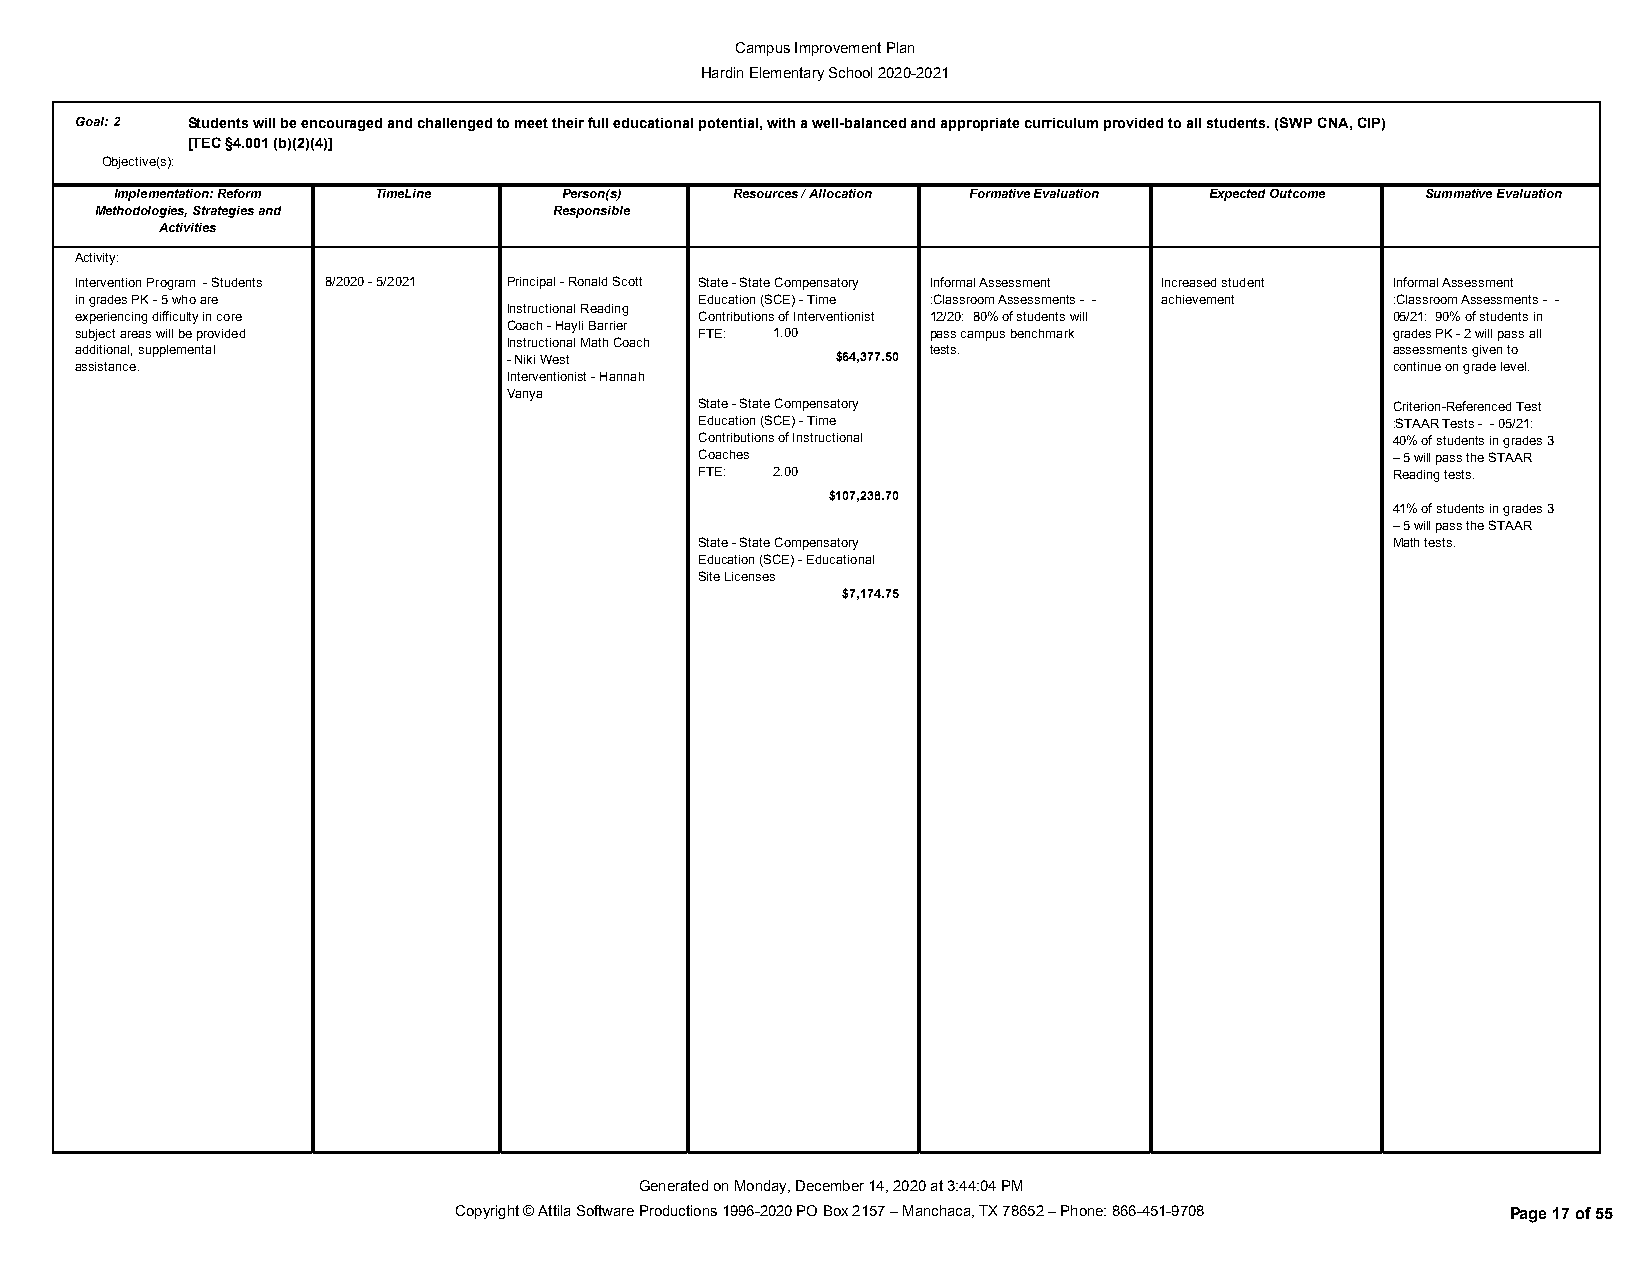
Campus Improvement Plan
 Hardin Elementary School 2020-2021
 Goal:2 Students will be encouraged and challenged to meet their full educational potential, with a well-balanced and appropriate curriculum provided to all students. (SWP CNA, CIP)
 [TEC §4.001 (b)(2)(4)]
 Objective(s):
 Implementation: Reform TimeLine Person(s) Resources / Allocation Formative Evaluation Expected Outcome Summative Evaluation
 Methodologies, Strategies and  Responsible
 Activities
 Activity:
 Intervention Program - Students 8/2020 - 5/2021 Principal - Ronald Scott State - State Compensatory Informal Assessment Increased student Informal Assessment
 in grades PK - 5 who are                 Education (SCE) - Time :Classroom Assessments - - achievement :Classroom Assessments - -
 Instructional Reading
 experiencing difficulty in core          Contributions of Interventionist 12/20: 80% of students will 05/21: 90% of students in
 Coach - Hayli Barrier
 subject areas will be provided           FTE: 1.00       pass campus benchmark         grades PK - 2 will pass all
 Instructional Math Coach
 additional, supplemental                                 tests.                        assessments given to
 - Niki West          $64,377.50
 assistance.                                                                            continue on grade level.
 Interventionist - Hannah
 Vanya
 State - State Compensatory                    Criterion-Referenced Test
 Education (SCE) - Time                        :STAAR Tests - - 05/21:
 Contributions of Instructional                40% of students in grades 3
 Coaches                                       – 5 will pass the STAAR
 FTE: 2.00                                     Reading tests.
 $107,238.70
 41% of students in grades 3
 – 5 will pass the STAAR
 State - State Compensatory                    Math tests.
 Education (SCE) - Educational
 Site Licenses
 $7,174.75
 Generated on Monday, December 14, 2020 at 3:44:04 PM
 Copyright © Attila Software Productions 1996-2020 PO Box 2157 – Manchaca, TX 78652 – Phone: 866-451-9708 Page 17 of 55